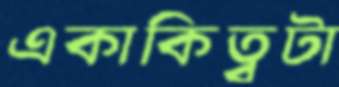
একাকিত্বটা